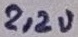
Text: 2,2u